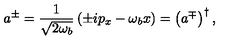
a ^ { \pm } = \frac { 1 } { \sqrt { 2 \omega _ { b } } } \left( \pm i p _ { x } - \omega _ { b } x \right) = \left( a ^ { \mp } \right) ^ { \dagger } ,